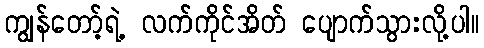
ကျွန်တော့်ရဲ့ လက်ကိုင်အိတ် ပျောက်သွားလို့ပါ။